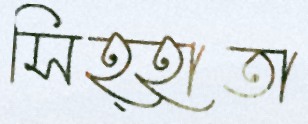
সিহ্হাতা